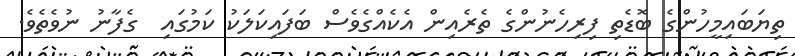
ތިޔަބައިމީހުންގެ ބޮޑެތި ފިރިހެނުންގެ ތެރެއިން އެކެއްގެވެސް ބަފައިކަލަކު ކަމުގައި  ގެފާނު ނުވެތެވެ.